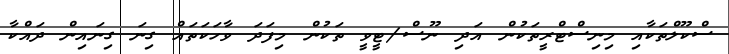
ސްކޫލްތަކާއި މިނިސްޓްރީތަކުން އަދި ނޫސް/ޓީވީ ތަކުން މިފަދަ ވާހަކަތައް ގިނަ ގިނައިން ދައްކާ